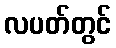
လပတ်တွင်